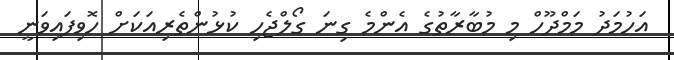
އަހުމަދު މަމްދޫހް މި މުބާރާތުގެ އެންމެ ގިނަ ގޯލްޖެހި ކުޅުންތެރިއަކަށް ހޮވިފައިވަނީ